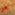
هو